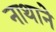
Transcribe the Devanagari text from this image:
नाथाने